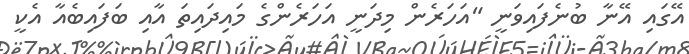
އޭގައި އޭނާ ބުނެފައިވަނީ "އަހަރެން މިދަނީ އަހަރެންގެ މައިދައިތަ އާއި ބަފައިބެއާ އެކީ